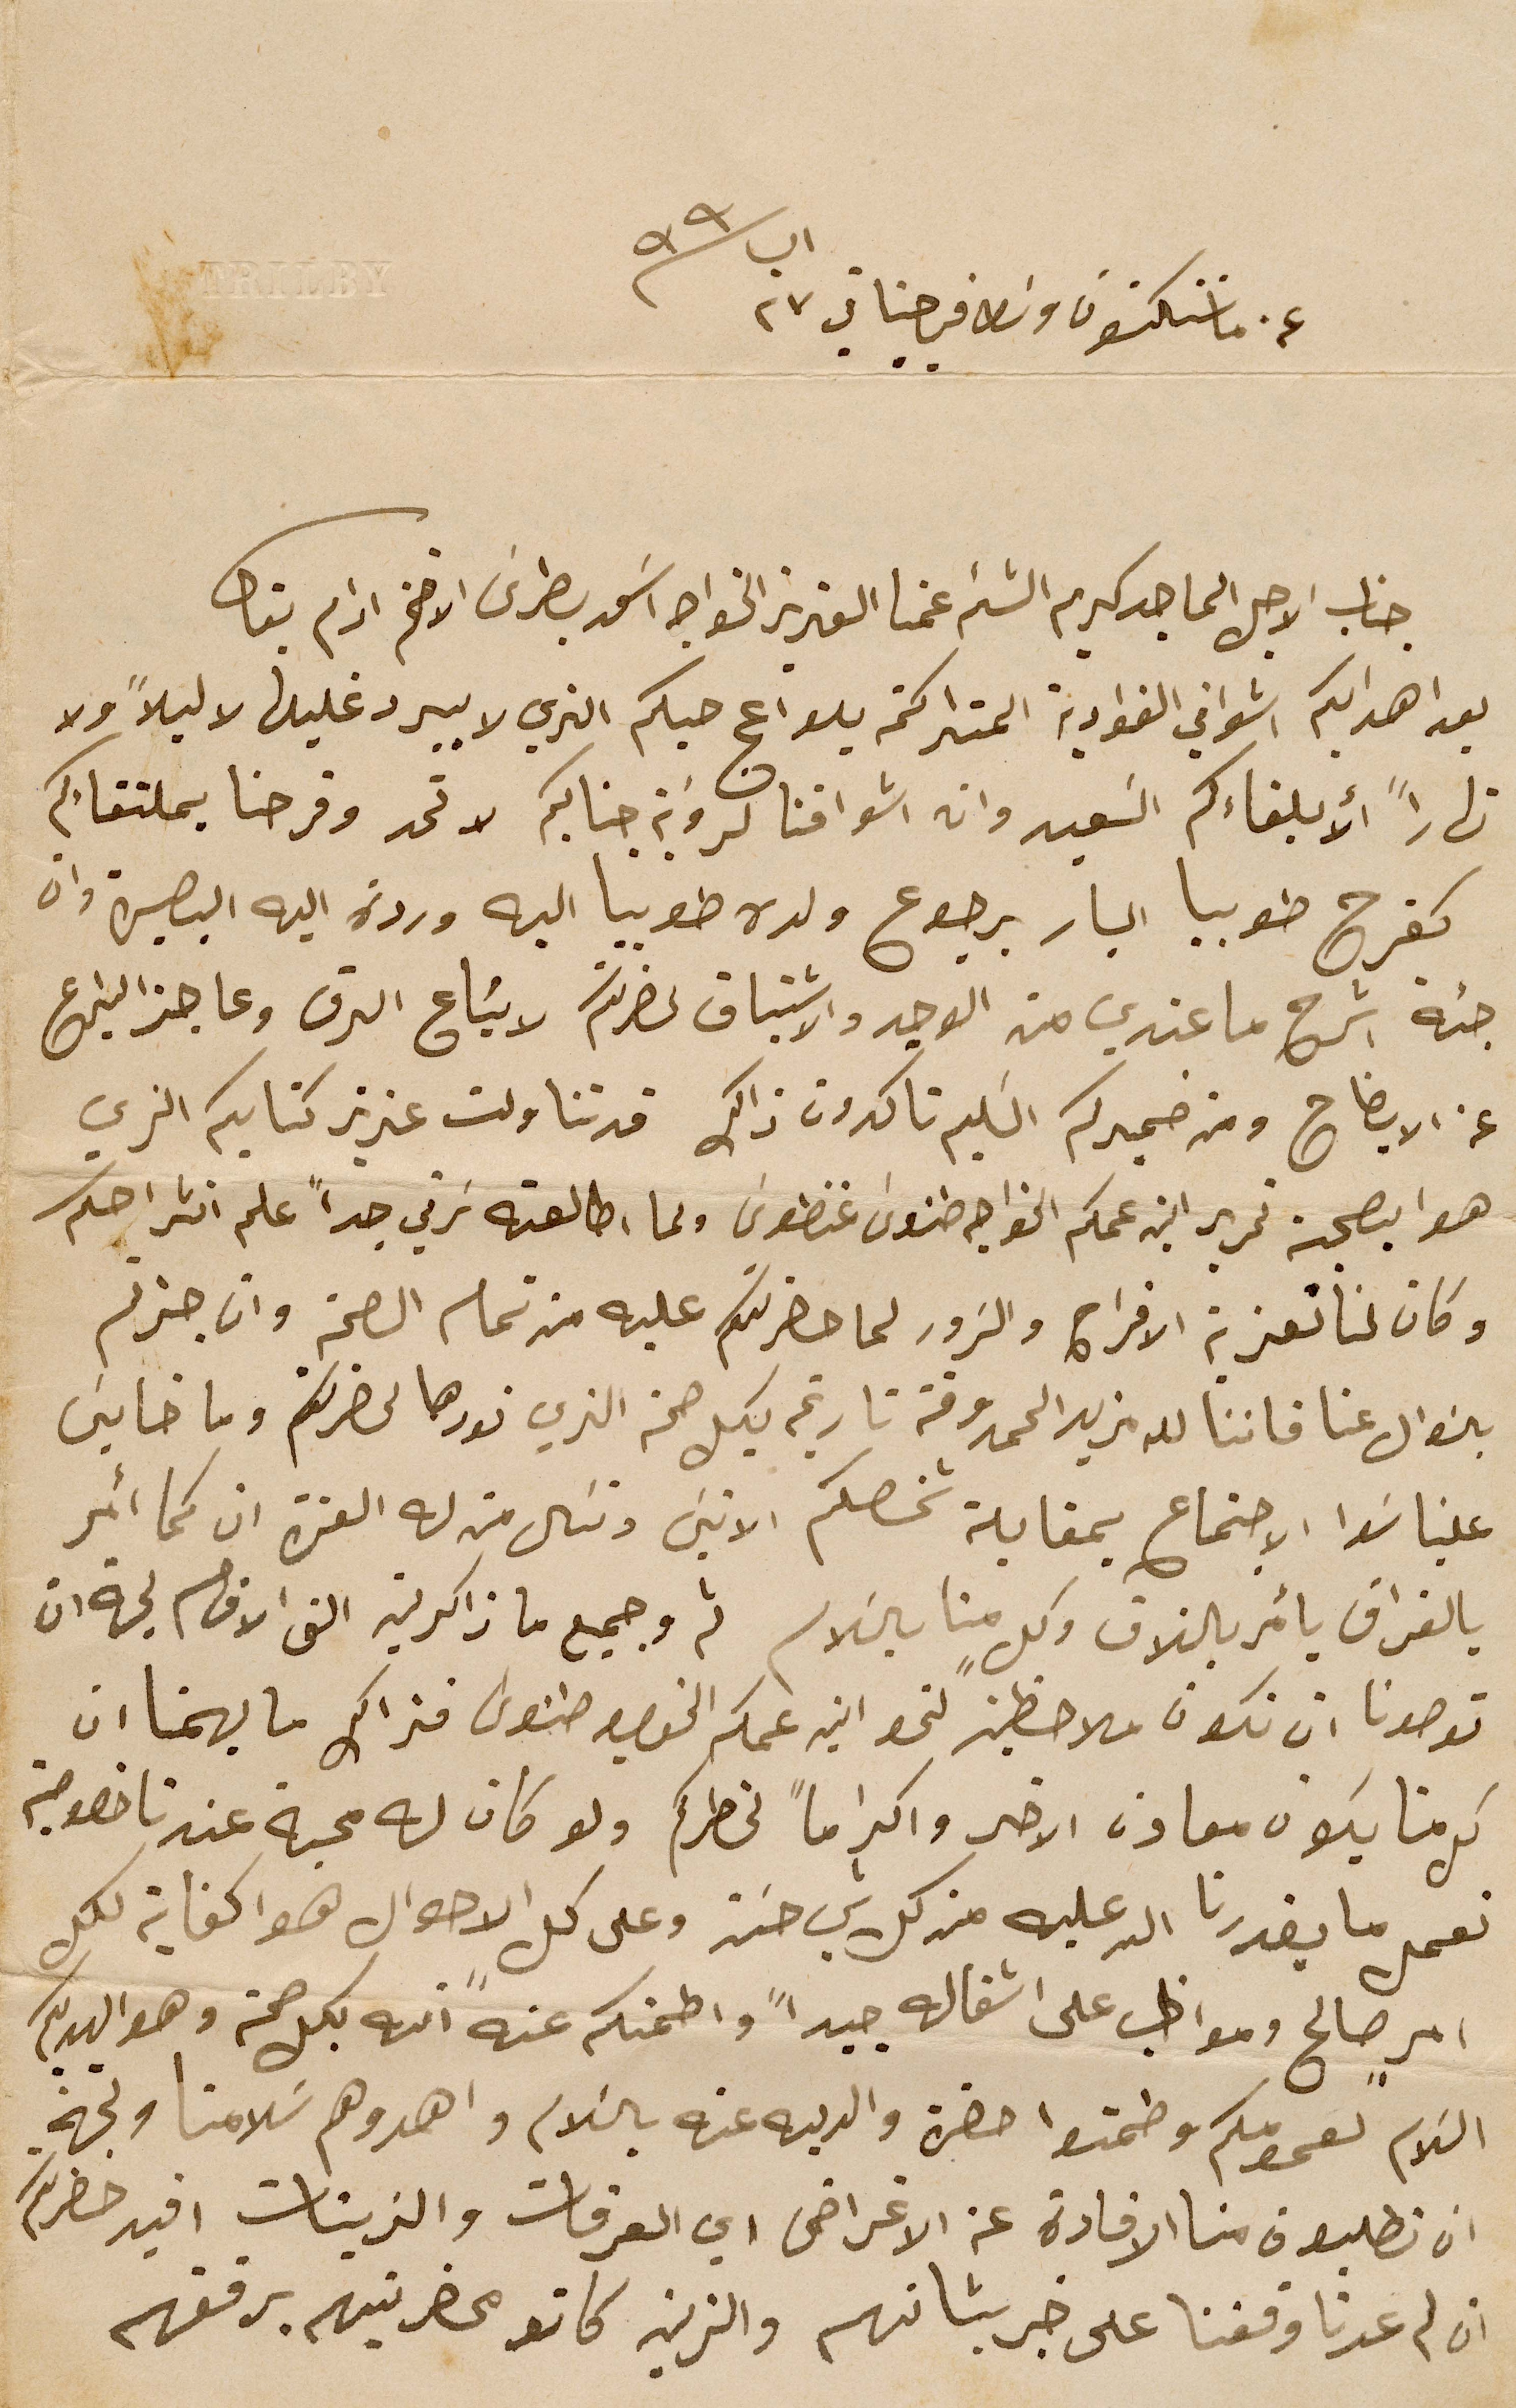
عن ماننكتون وسَط فيرجنيا في ٢٣ اب سنة ٩٩
جناب الاجل الماجد كريم الشئم عمنا العزيز الخواجه اسَعد بطرسَ الافخم ادام بقاه
بعد اهدايكم اشواقي الفوادية المتراكمة بلواعج حبكم الذي لا يبرد غليلها لا ليلاً ولا
نهاراً ألا بلقاءكم السَعيد وان اشواقنا لروبَة جنابكم لا تحد وفرحنا بملتقاءكم
كفرح طوبيا البار برجوع ولده طوبيا اليه وردة اليه البصيرة وان
جئة اشرح ما عندي من الوجد والاشتياق لحضرتكم لا يسَاع الرق وعاجز اليراع
عن الايضاح ومن ضميركم السَليم تاكدون ذالك قد تناولت عزيز كتابكم الذي
هوا بصبحة تحرير ابن عمكم الخواجه طنوس غنطوسَ ولما اطالعته سَرني جداً علم انشراحكم
وكان لنا تعزية الافراح والسَرور لما حضرتكم عليه من تمام الصحة وان جزتم
بالسَوال عنا فاننا لله مزيد الحمد وقة تاريخه بكل صحة الذي نودها لحضرتكم وما خايسَ
علينا سَوا الاجتماع بمقابلة شخصكم الانيسَ ونسَال من له العزة ان كما أمر
بالفراق يأمر بالتلاق وكلٍ منا بالسَلام ثم وجميع ما زاكرين الشى الاقسام لجهة ان
توصونا أن نكون ملاحظين لنحو ابن عمكم الخواجه طنوسَ فذالك ما يهمنا ان
كل منا يكون معاون الاخر واكراماً لخاطركم ولو كان له محبة عندنا خصوصية
نعمل ما يقدرنا الله عليه من كل شي حسَن وعلى كل الاحوال هوا كفاية لكل
امرٍ صالح ومواظب على اشغاله جيداً واطمنكم عنه انه بكل صحة وهوا يهديكم
السَلام لعمومكم وطمنوا حضرة والديه عنه بالسَلام واهدوهم سَلامنا ولجهة
ان تطلبون منا الافادة عن الاغراض اي العرقات والزيتات افيد حضرتكم
ان لم عدنا وقفنا على خبر بشانهم والزيت كانو محضرينهم برفقهم